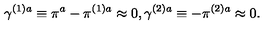
\gamma ^ { ( 1 ) a } \equiv \pi ^ { a } - \pi ^ { ( 1 ) a } \approx 0 , \gamma ^ { ( 2 ) a } \equiv - \pi ^ { ( 2 ) a } \approx 0 .